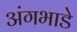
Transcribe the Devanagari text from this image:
अंगभाडे